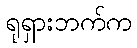
ရုရှားဘက်က